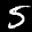
Label: 5